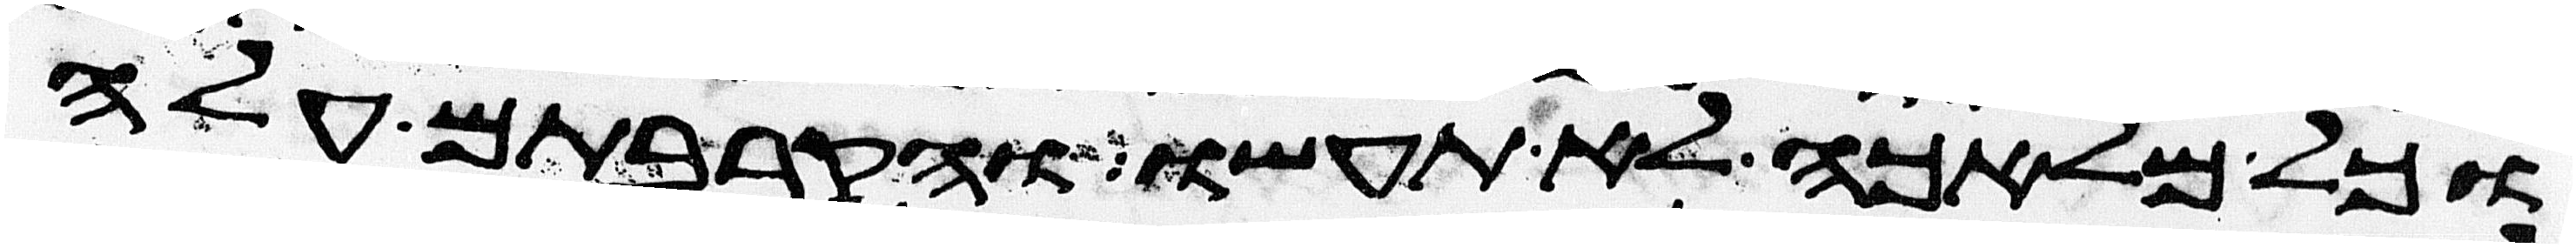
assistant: וכל מלאכה לא תעשו והקרבתם עלה